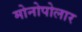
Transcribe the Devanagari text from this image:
मोनोपोलार